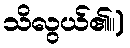
သိလွယ်၏။)